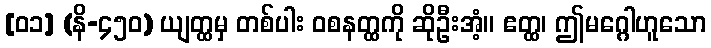
[၀၁] (နိ-၄၅၀) ယျတ္ထမှ တစ်ပါး ဝစနတ္ထကို ဆိုဦးအံ့။ ဧတ္ထ၊ ဤမဂ္ဂေါဟူသော